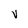
Character: V